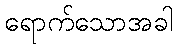
ရောက်သောအခါ